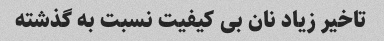
تاخیر زیاد نان بی کیفیت نسبت به گذشته